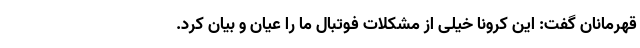
قهرمانان گفت: این کرونا خیلی از مشکلات فوتبال ما را عیان و بیان کرد.